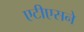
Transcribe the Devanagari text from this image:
एटीएसने